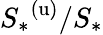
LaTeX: {S_{*}}^{(\mathrm{u})}/S_{*}